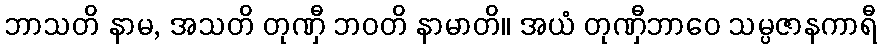
ဘာသတိ နာမ, အသတိ တုဏှီ ဘဝတိ နာမာတိ။ အယံ တုဏှီဘာဝေ သမ္ပဇာနကာရီ